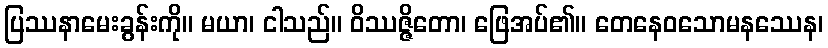
ပြဿနာမေးခွန်းကို။ မယာ၊ ငါသည်။ ဝိဿဇ္ဇိတော၊ ဖြေအပ်၏။ တေနေဝသောမနဿေန၊